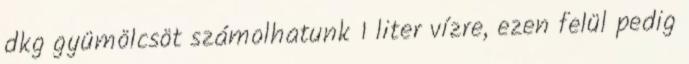
dkg gyümölcsöt számolhatunk 1 liter vízre, ezen felül pedig